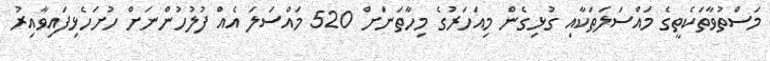
މަސްތުވާތަކެތީގެ މައްސަލަތަކާއި ގުޅިގެން މިއަހަރުގެ މިހާތަނަށް 520 މައްސަލަ އެއް ފުލުހުންނަށް ހުށަހެޅިފައިވާއިރު